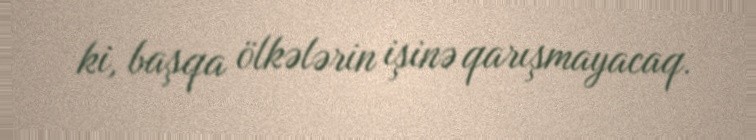
ki, başqa ölkələrin işinə qarışmayacaq.